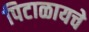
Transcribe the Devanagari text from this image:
पिटाळायचे